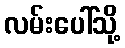
လမ်းပေါ်သို့